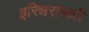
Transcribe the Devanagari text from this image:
इरिन्नरावल्ली